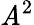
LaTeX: \mathit{A}^{2}